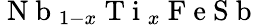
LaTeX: \mathrm{~N~b~}_{1-x}\mathrm{~T~i~}_{x}\mathrm{~F~e~S~b~}